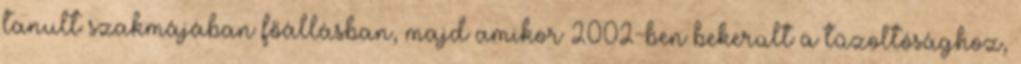
tanult szakmájában főállásban, majd amikor 2002-ben bekerült a tűzoltósághoz,